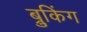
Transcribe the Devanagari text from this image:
ब्रुकिंग